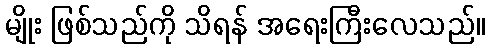
မျိုး ဖြစ်သည်ကို သိရန် အရေးကြီးလေသည်။